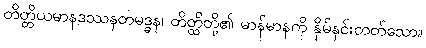
တိတ္တိယမာနဒဿနတမဒ္ဓန၊ တိတ္ထိတို့၏ မာန်မာနကို နှိမ်နှင်းတတ်သော။